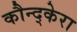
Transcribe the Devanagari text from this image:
कौन्द्केरा